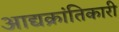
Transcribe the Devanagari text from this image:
आद्यक्रांतिकारी